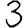
Digit: 3